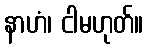
နာဟံ၊ ငါမဟုတ်။